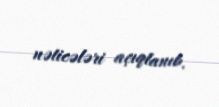
nəticələri açıqlanıb.